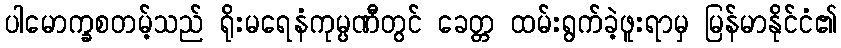
ပါမောက္ခစတမ့်သည် ရိုးမရေနံကုမ္ပဏီတွင် ခေတ္တ ထမ်းရွက်ခဲ့ဖူးရာမှ မြန်မာနိုင်ငံ၏